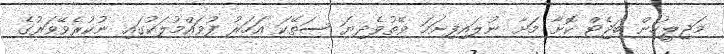
މަޖިލީހުން ބަޖެޓް ކޮށާ މަށާ ނުލައިފިނަމަ ވޭތުވެދިޔަ ސަތޭކަ އަހަރު ފުވައްމުލަކުގައި ނުކުރެވޭވަރުގެ